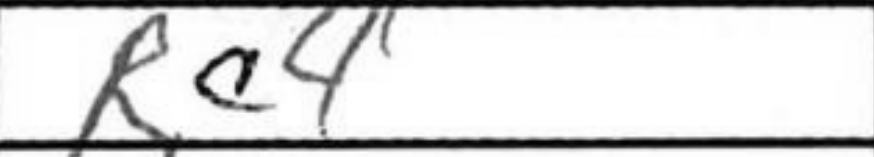
Transcription: Rc4